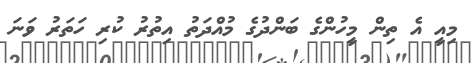
މިއީ އެ ތިން މީހުންގެ ބަންދުގެ މުއްދަތު އިތުރު ކުރި ހަތަރު ވަނަ